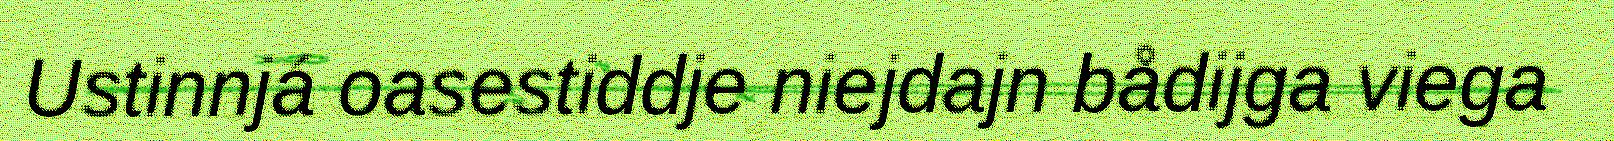
Ustinnjá oasestiddje niejdajn bådijga viega